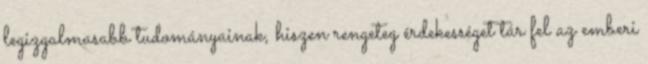
legizgalmasabb tudományainak, hiszen rengeteg érdekességet tár fel az emberi